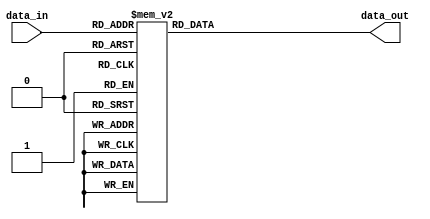
`timescale 1ns / 1ps
//////////////////////////////////////////////////////////////////////////////////
// Company: 
// Engineer: 
// 
// Design Name: 
// Module Name: disp_select
// Project Name: 
// Target Devices: 
// Tool Versions: 
// Description: 
// 
// Dependencies: 
// 
// Revision:
// Revision 0.01 - File Created
// Additional Comments:
// 
//////////////////////////////////////////////////////////////////////////////////


module dispdecoder(data_in,data_out);
output [7:0] data_out;
input  [3:0] data_in;
reg [7:0] data_out;

always @(data_in)
begin
	case(data_in)
    	4'b0000 : data_out <= 8'b11000000;  //0
		4'b0001 : data_out <= 8'b11111001;  //1
		4'b0010 : data_out <= 8'b10100100;  //2
		4'b0011 : data_out <= 8'b10110000;  //3
		4'b0100 : data_out <= 8'b10011001;  //4
		4'b0101 : data_out <= 8'b10010010;  //5
		4'b0110 : data_out <= 8'b10000010;  //6
		4'b0111 : data_out <= 8'b11111000;  //7
		4'b1000 : data_out <= 8'b10000000;  //8
		4'b1001 : data_out <= 8'b10010000;  //9
		default : data_out <= 8'b11000000;
	endcase
end
endmodule